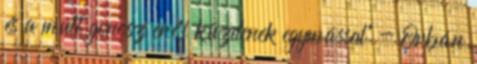
és a múlt gonosz erői küzdenek egymással" - Orbán